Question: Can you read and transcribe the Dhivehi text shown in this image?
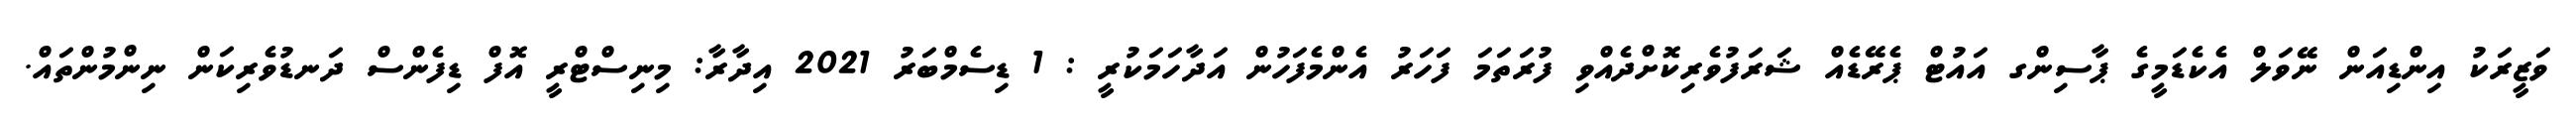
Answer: ވަޒީރަކު އިންޑިއަން ނޭވަލް އެކެޑަމީގެ ޕާސިންގ އައުޓް ޕެރޭޑެއް ޝަރަފުވެރިކޮށްދެއްވި ފުރަތަމަ ފަހަރު އެންމެފަހުން އަދާހަމަކުރީ : 1 ޑިސެމްބަރު 2021 އިދާރާ: މިނިސްޓްރީ އޮފް ޑިފެންސް ދަނޑުވެރިކަން ނިންމުންތައް.